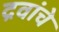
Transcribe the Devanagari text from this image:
द्रवांचे